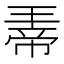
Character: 𪼀